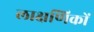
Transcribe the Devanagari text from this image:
लाक्षणिकों